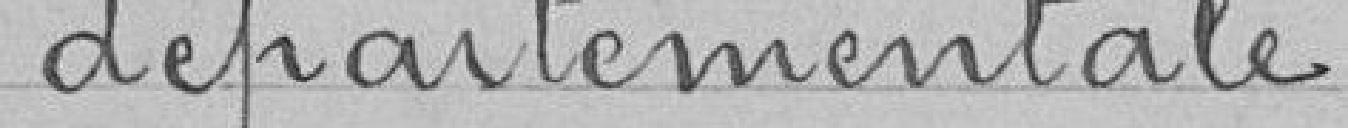
départementale